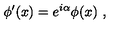
\phi ^ { \prime } ( x ) = e ^ { i \alpha } \phi ( x ) \ ,